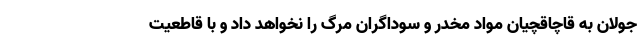
جولان به قاچاقچیان مواد مخدر و سوداگران مرگ را نخواهد داد و با قاطعیت